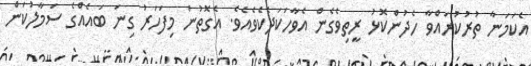
އެކަމަނާ ތުރުކުރައްވާ ހެދުންކޮޅު ރީތިވެގެން އެވާހަކަދެކެވެއެވެ. އެގޮތުން މިފަހަރު ގިނަ ބައެއްގެ ސަމާލުކަން